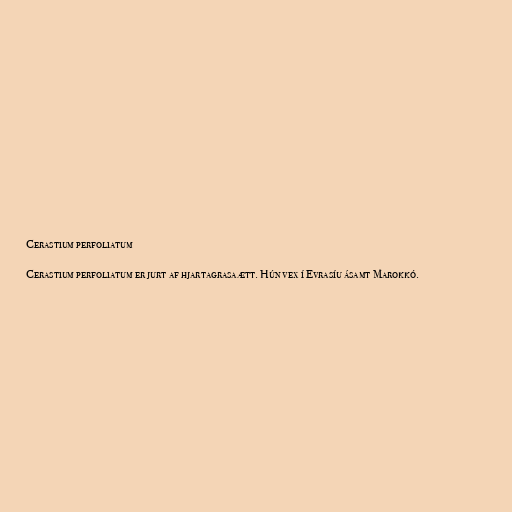
Cerastium perfoliatum

Cerastium perfoliatum er jurt af hjartagrasaætt. Hún vex í Evrasíu ásamt Marokkó.